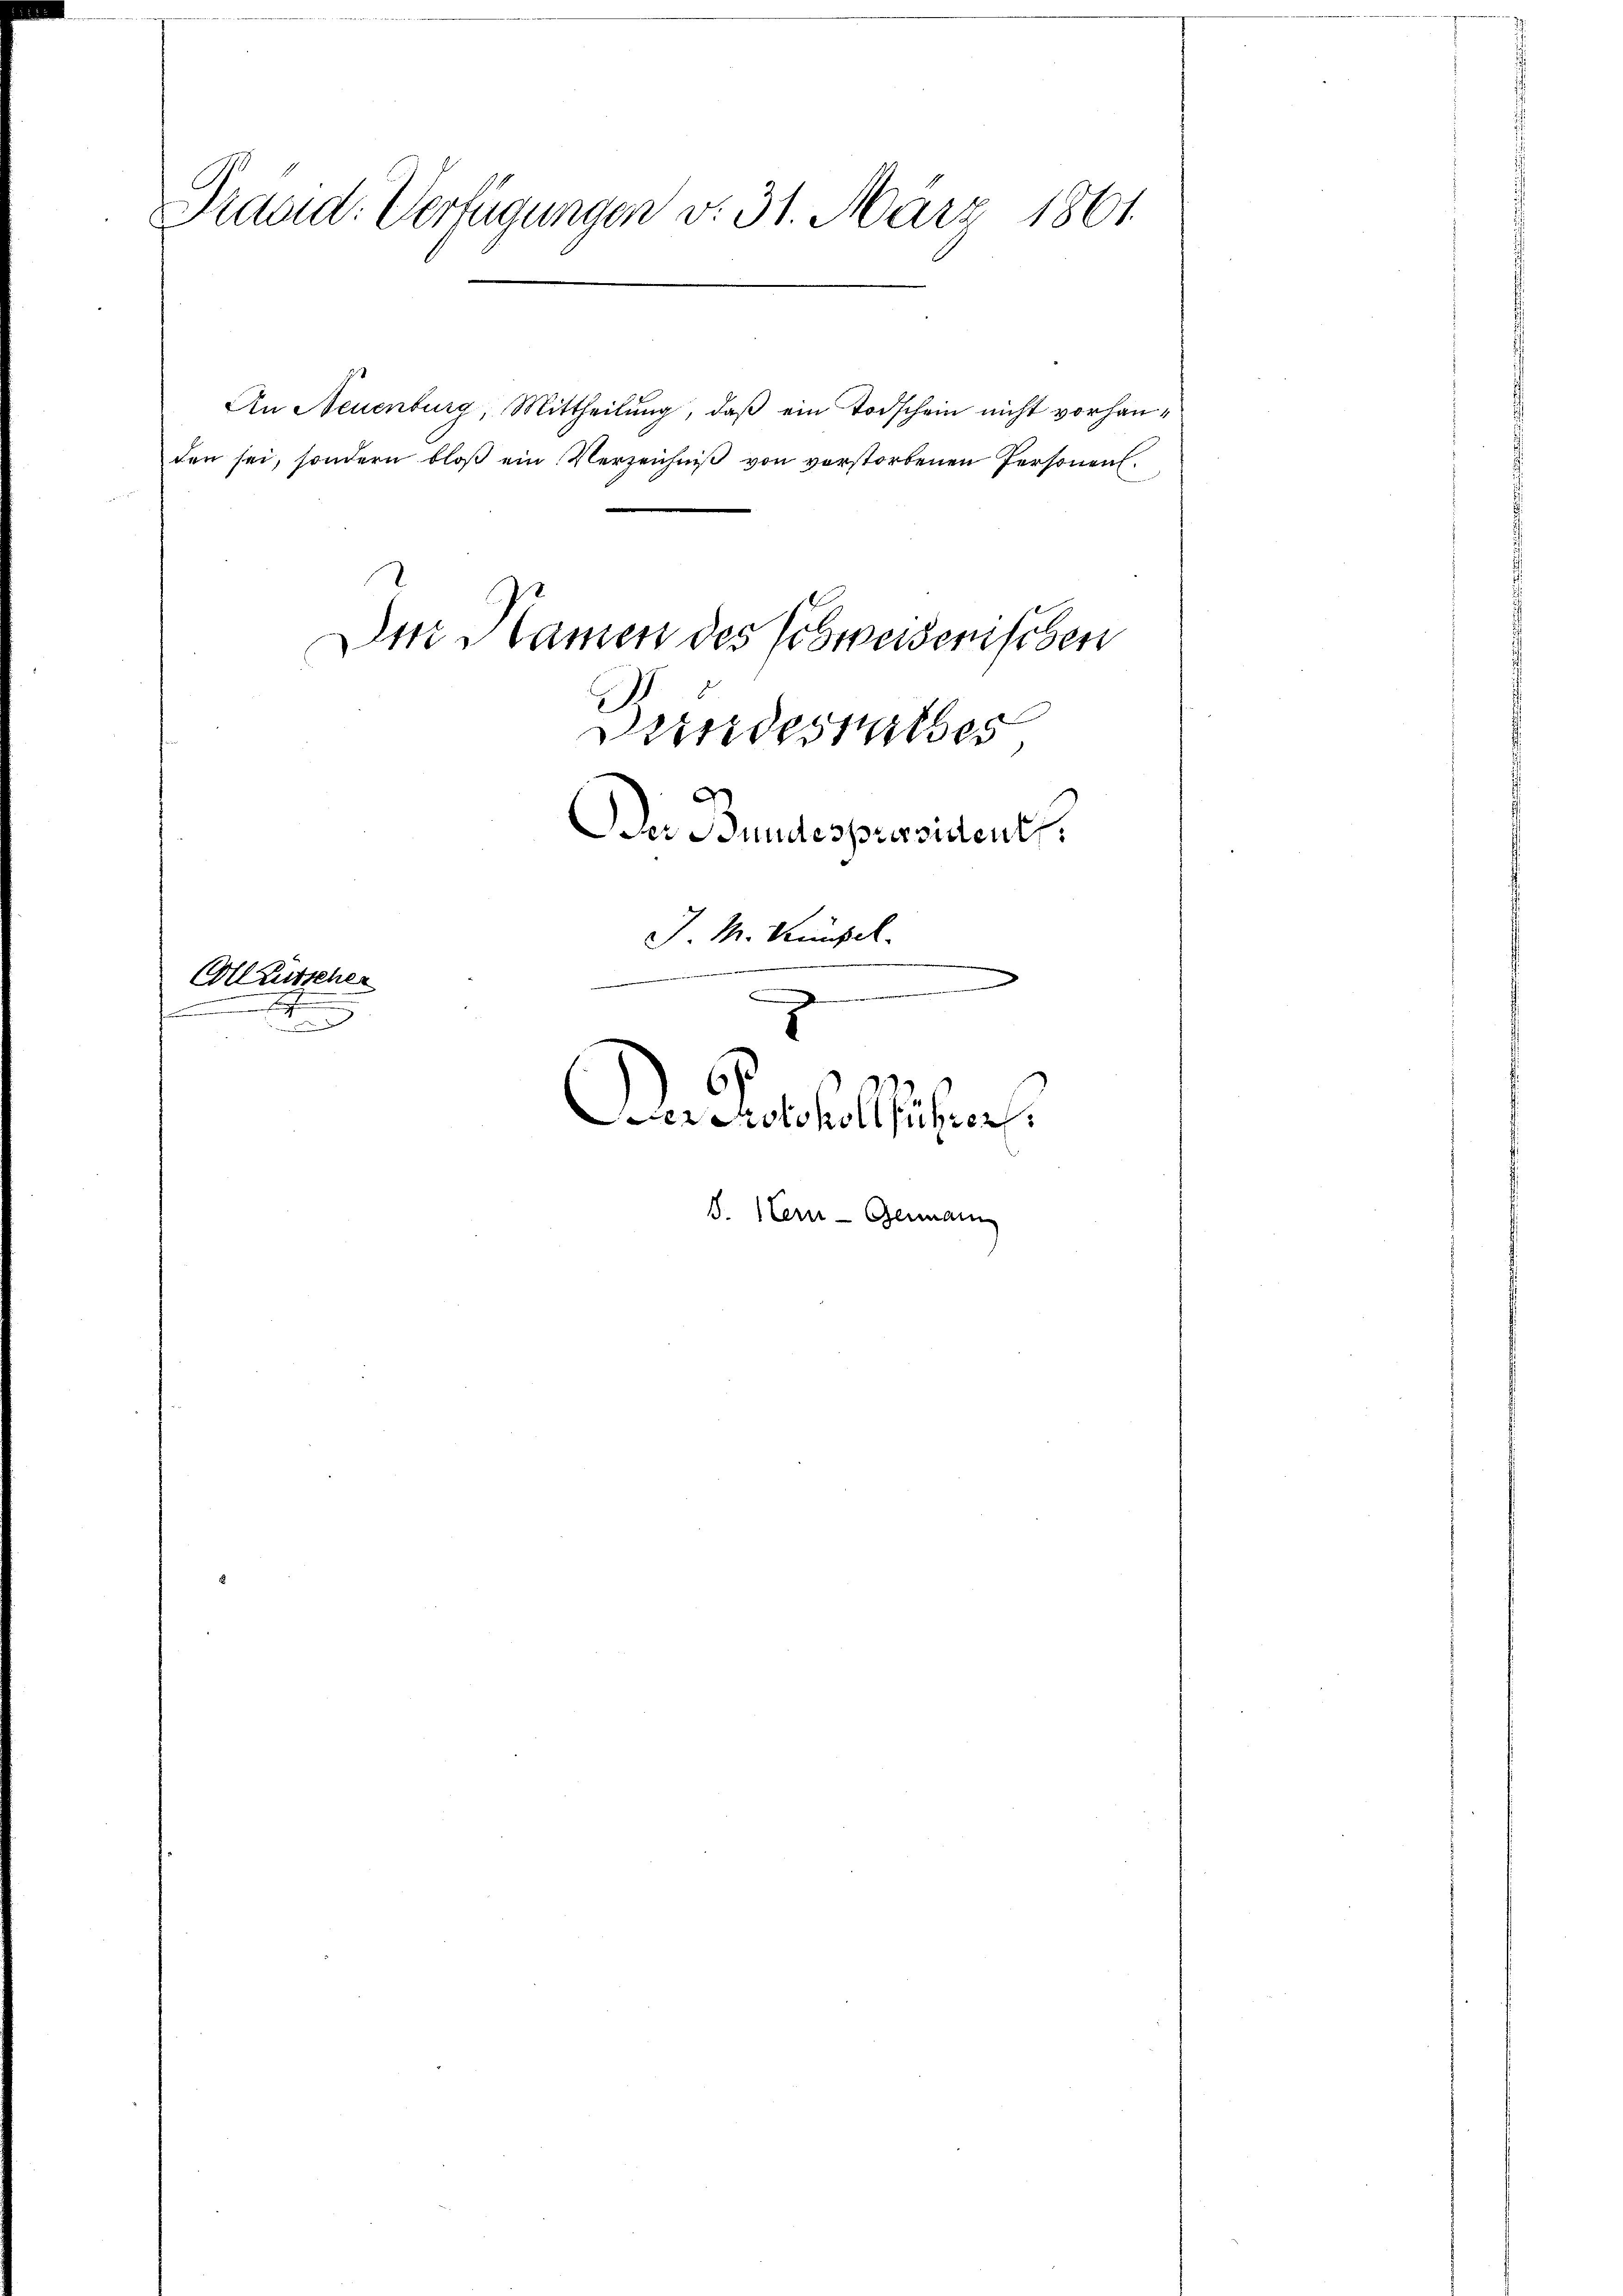
Präsid. Verfügungen v. 31. März 1861.

den sei, sondern bloβ ein Verzeichniβ von vorstorbenen Personen.
Der Namen des Schweiserischen

x
f
.

Ollütscher

An Neuenburg, Mittheilung, daß ein Todschein nicht vorhan¬

Der Bundespräsident
J. M. Kumpel.
Dn Resultiches
S. Stern - Genann

Bundesrathes,